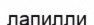
лапилли